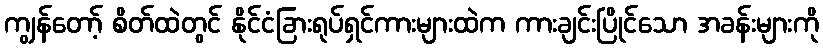
ကျွန်တော့် စိတ်ထဲတွင် နိုင်ငံခြားရုပ်ရှင်ကားများထဲက ကားချင်းပြိုင်သော အခန်းများကို